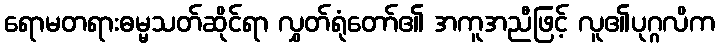
ရောမတရားဓမ္မသတ်ဆိုင်ရာ လွှတ်ရုံတော်၏ အကူအညီဖြင့် လူ၏ပုဂ္ဂလိက